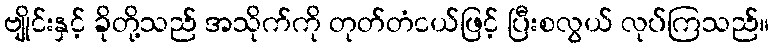
ဗျိုင်းနှင့် ခိုတို့သည် အသိုက်ကို တုတ်တံငယ်ဖြင့် ပြီးစလွယ် လုပ်ကြသည်။